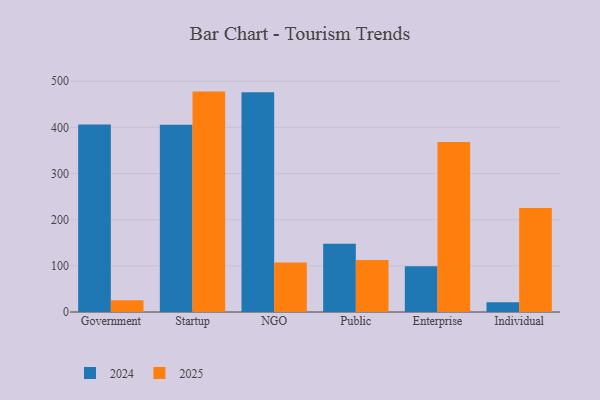
{"axis": {"x": "Segment", "y": "Bounce Rate (%)"}, "legend": ["2024", "2025"], "data": [{"x": "Government", "y": 406.5, "type": "2024"}, {"x": "Government", "y": 25.5, "type": "2025"}, {"x": "Startup", "y": 405.9, "type": "2024"}, {"x": "Startup", "y": 477.6, "type": "2025"}, {"x": "NGO", "y": 476.4, "type": "2024"}, {"x": "NGO", "y": 107.5, "type": "2025"}, {"x": "Public", "y": 147.7, "type": "2024"}, {"x": "Public", "y": 112.8, "type": "2025"}, {"x": "Enterprise", "y": 99.1, "type": "2024"}, {"x": "Enterprise", "y": 368.2, "type": "2025"}, {"x": "Individual", "y": 20.9, "type": "2024"}, {"x": "Individual", "y": 225.6, "type": "2025"}]}